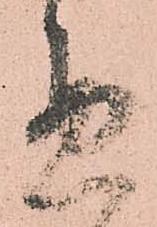
悪